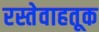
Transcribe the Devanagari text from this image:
रस्तेवाहतूक